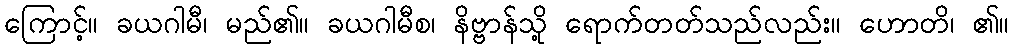
ကြောင့်။ ခယဂါမီ၊ မည်၏။ ခယဂါမီစ၊ နိဗ္ဗာန်သို့ ရောက်တတ်သည်လည်း။ ဟောတိ၊ ၏။